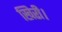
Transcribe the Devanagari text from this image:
खिरी।